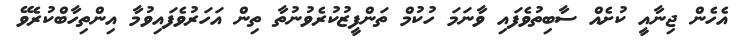
އެހެން ޖިނާއީ ކުށެއް ސާބިތުވެފައި ވާނަމަ ހުކުމް ތަންފީޒުކުރެވުނުތާ ތިން އަހަރުވެފައިވުމާ އިންތިހާބްކުރެވޭ